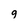
Character: g